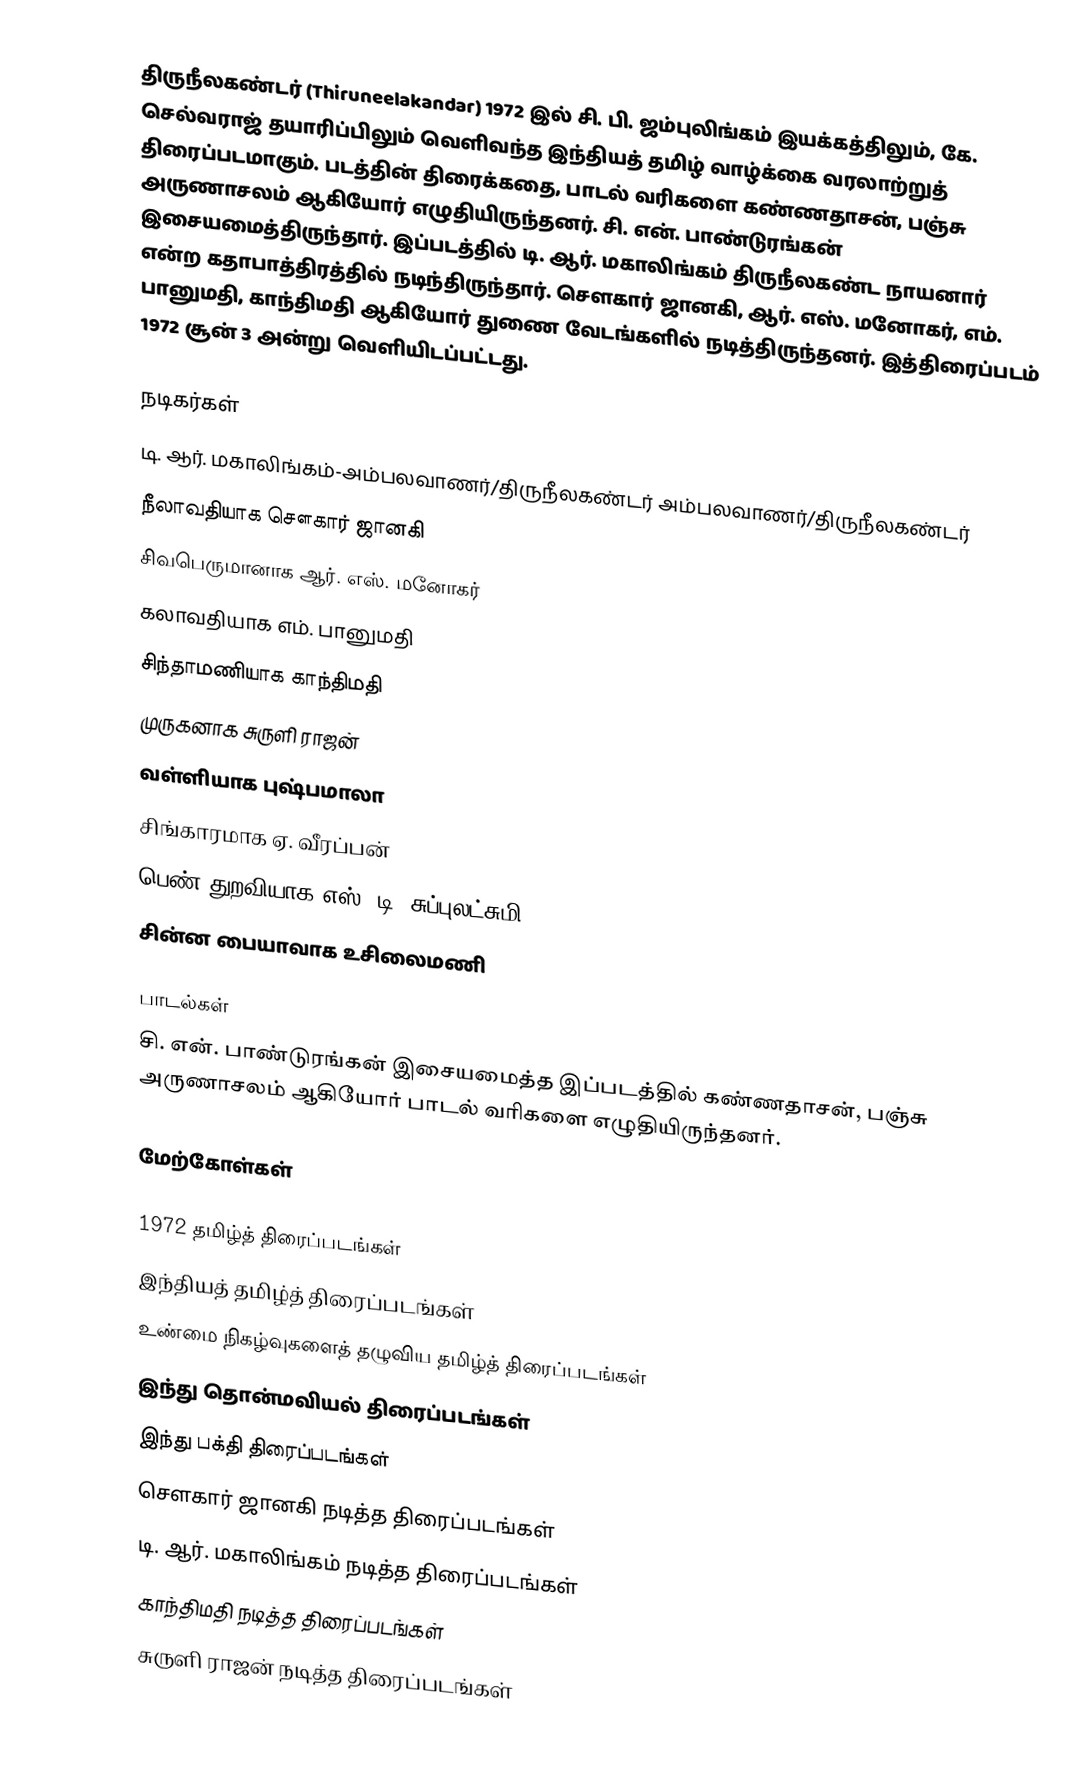
திருநீலகண்டர் (Thiruneelakandar) 1972 இல் சி. பி. ஜம்புலிங்கம் இயக்கத்திலும், கே. செல்வராஜ் தயாரிப்பிலும் வெளிவந்த இந்தியத் தமிழ் வாழ்க்கை வரலாற்றுத் திரைப்படமாகும். படத்தின் திரைக்கதை, பாடல் வரிகளை கண்ணதாசன், பஞ்சு அருணாசலம் ஆகியோர் எழுதியிருந்தனர். சி. என். பாண்டுரங்கன் இசையமைத்திருந்தார். இப்படத்தில் டி. ஆர். மகாலிங்கம் திருநீலகண்ட நாயனார் என்ற  கதாபாத்திரத்தில் நடிந்திருந்தார். சௌகார் ஜானகி, ஆர். எஸ். மனோகர், எம். பானுமதி, காந்திமதி ஆகியோர் துணை வேடங்களில் நடித்திருந்தனர். இத்திரைப்படம் 1972 சூன் 3 அன்று வெளியிடப்பட்டது.

நடிகர்கள்
 டி. ஆர். மகாலிங்கம்-அம்பலவாணர்/திருநீலகண்டர் அம்பலவாணர்/திருநீலகண்டர்
 நீலாவதியாக சௌகார் ஜானகி
 சிவபெருமானாக ஆர். எஸ். மனோகர்
 கலாவதியாக எம். பானுமதி
 சிந்தாமணியாக காந்திமதி
 முருகனாக சுருளி ராஜன்
 வள்ளியாக புஷ்பமாலா
 சிங்காரமாக ஏ. வீரப்பன்
 பெண் துறவியாக எஸ். டி. சுப்புலட்சுமி
 சின்ன பையாவாக உசிலைமணி

பாடல்கள்
சி. என். பாண்டுரங்கன் இசையமைத்த இப்படத்தில் கண்ணதாசன், பஞ்சு அருணாசலம் ஆகியோர் பாடல் வரிகளை எழுதியிருந்தனர்.

மேற்கோள்கள்

1972 தமிழ்த் திரைப்படங்கள்
இந்தியத் தமிழ்த் திரைப்படங்கள்
உண்மை நிகழ்வுகளைத் தழுவிய தமிழ்த் திரைப்படங்கள்
இந்து தொன்மவியல் திரைப்படங்கள்
இந்து பக்தி திரைப்படங்கள்
சௌகார் ஜானகி நடித்த திரைப்படங்கள்
டி. ஆர். மகாலிங்கம் நடித்த திரைப்படங்கள்
காந்திமதி நடித்த திரைப்படங்கள்
சுருளி ராஜன் நடித்த திரைப்படங்கள்